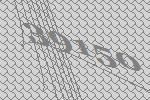
39150